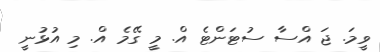
ވީމަ. ޖަ އްސާ ސުޓަންޓެ އް. މީ ގޭމެ އް. މި އުޅުނީ